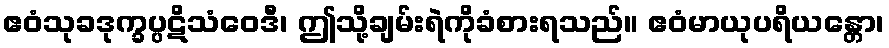
ဧဝံသုခဒုက္ခပ္ပဋိသံဝေဒီ၊ ဤသို့ချမ်းရဲကိုခံစားရသည်။ ဧဝံမာယုပရိယန္တော၊